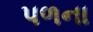
પળના